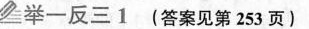
举一反三 1（答案见第253页）